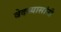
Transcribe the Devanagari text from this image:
वेदव्यासांनी